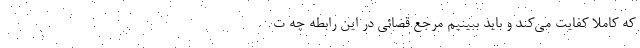
که کاملاً کفایت می‌کند و باید ببینیم مرجع قضائی در این رابطه چه ت